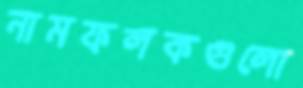
নামফলকগুলো